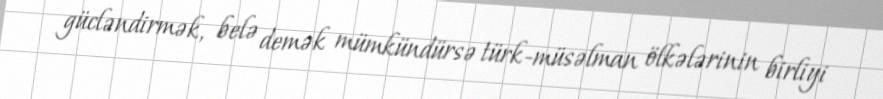
gücləndirmək, belə demək mümkündürsə türk-müsəlman ölkələrinin birliyi